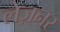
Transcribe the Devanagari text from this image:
लेज़नर